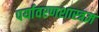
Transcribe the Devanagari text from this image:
पर्यावरणशास्त्रज्ञ